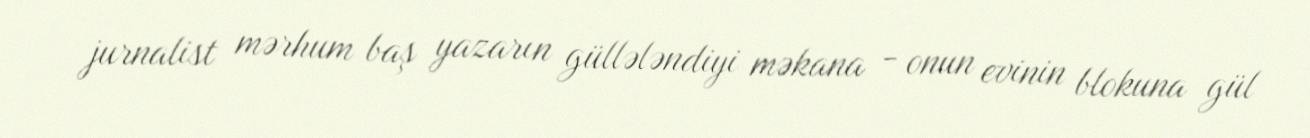
jurnalist mərhum baş yazarın güllələndiyi məkana - onun evinin blokuna gül